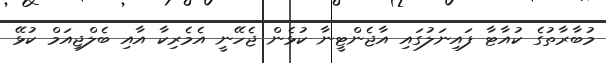
މުބާރާތުގެ ކުއާޓާ ފައިނަލުގައި އާޖެންޓީނާ ކުޅެން ޖެހޭނީ އެމެރިިކާ އާއި ބެލްޖިއަމް ކުޅޭ